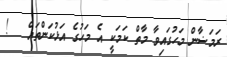
ރަމަޟާން މަހުގައިވާ މާތް ކަމަކީ އެ މަހުގެ އަޅުކަންތައް   !